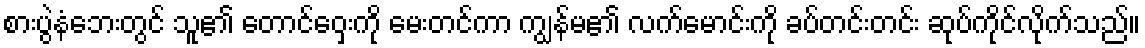
စားပွဲနံဘေးတွင် သူ၏ တောင်ဝှေးကို မေးတင်ကာ ကျွန်မ၏ လက်မောင်းကို ခပ်တင်းတင်း ဆုပ်ကိုင်လိုက်သည်။